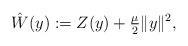
LaTeX: \begin{align*} \hat{W}(y) := Z(y) + \tfrac{\mu}{2} \|y\|^2,\end{align*}